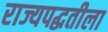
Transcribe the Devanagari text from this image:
राज्यपद्धतीला